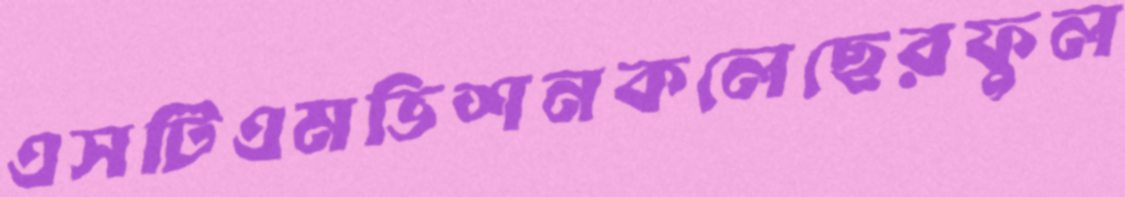
এসটিএমভিশনকলেছেরফুল